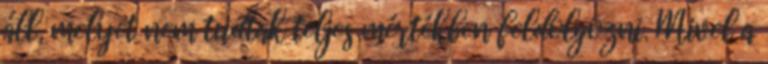
áll, melyet nem tudtak teljes mértékben feldolgozni. Mivel a